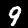
Label: 9